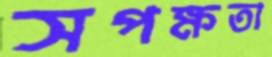
সপক্ষতা